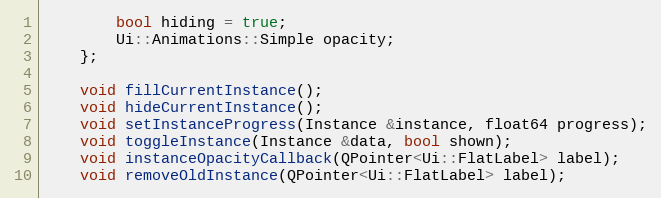
Language: C++
		bool hiding = true;
		Ui::Animations::Simple opacity;
	};

	void fillCurrentInstance();
	void hideCurrentInstance();
	void setInstanceProgress(Instance &instance, float64 progress);
	void toggleInstance(Instance &data, bool shown);
	void instanceOpacityCallback(QPointer<Ui::FlatLabel> label);
	void removeOldInstance(QPointer<Ui::FlatLabel> label);